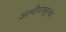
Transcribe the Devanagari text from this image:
आधीपासूनचा